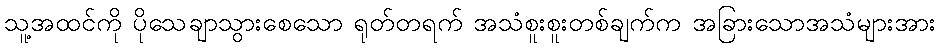
သူ့အထင်ကို ပိုသေချာသွားစေသော ရုတ်တရက် အသံစူးစူးတစ်ချက်က အခြားသောအသံများအား